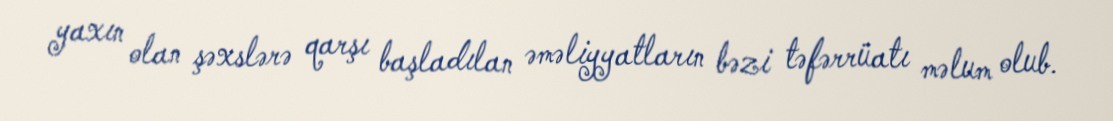
yaxın olan şəxslərə qarşı başladılan əməliyyatların bəzi təfərrüatı məlum olub.